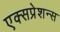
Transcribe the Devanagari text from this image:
एक्सप्रेशन्स